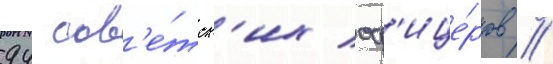
94 сов'е́тск'их оф'ице́ров //